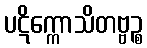
ပဋိက္ကောသိတဗ္ဗဉ္စ